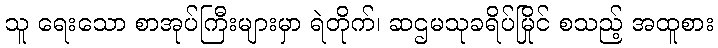
သူ ရေးသော စာအုပ်ကြီးများမှာ ရဲတိုက်၊ ဆဌမသုခရိပ်မြိုင် စသည့် အထူစား